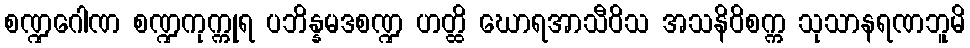
စဏ္ဍဂေါဏ စဏ္ဍကုက္ကုရ ပဘိန္နမဒစဏ္ဍ ဟတ္ထိ ဃောရအာသီဝိသ အသနိဝိစက္က သုသာနရဏဘူမိ